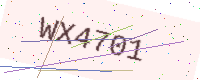
Text: WX4701